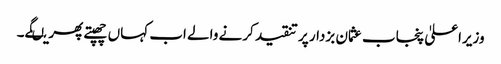
وزیراعلیٰ پنجاب عثمان بزدار پر تنقید کرنے والے اب کہاں چھپتے پھریںگے۔